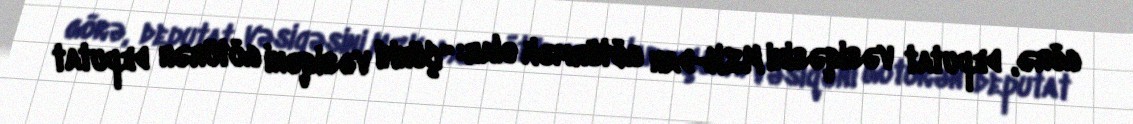
görə, deputat vəsiqəsini MSK-dan götürmək olar: “Çünki vəsiqəni götürən deputat